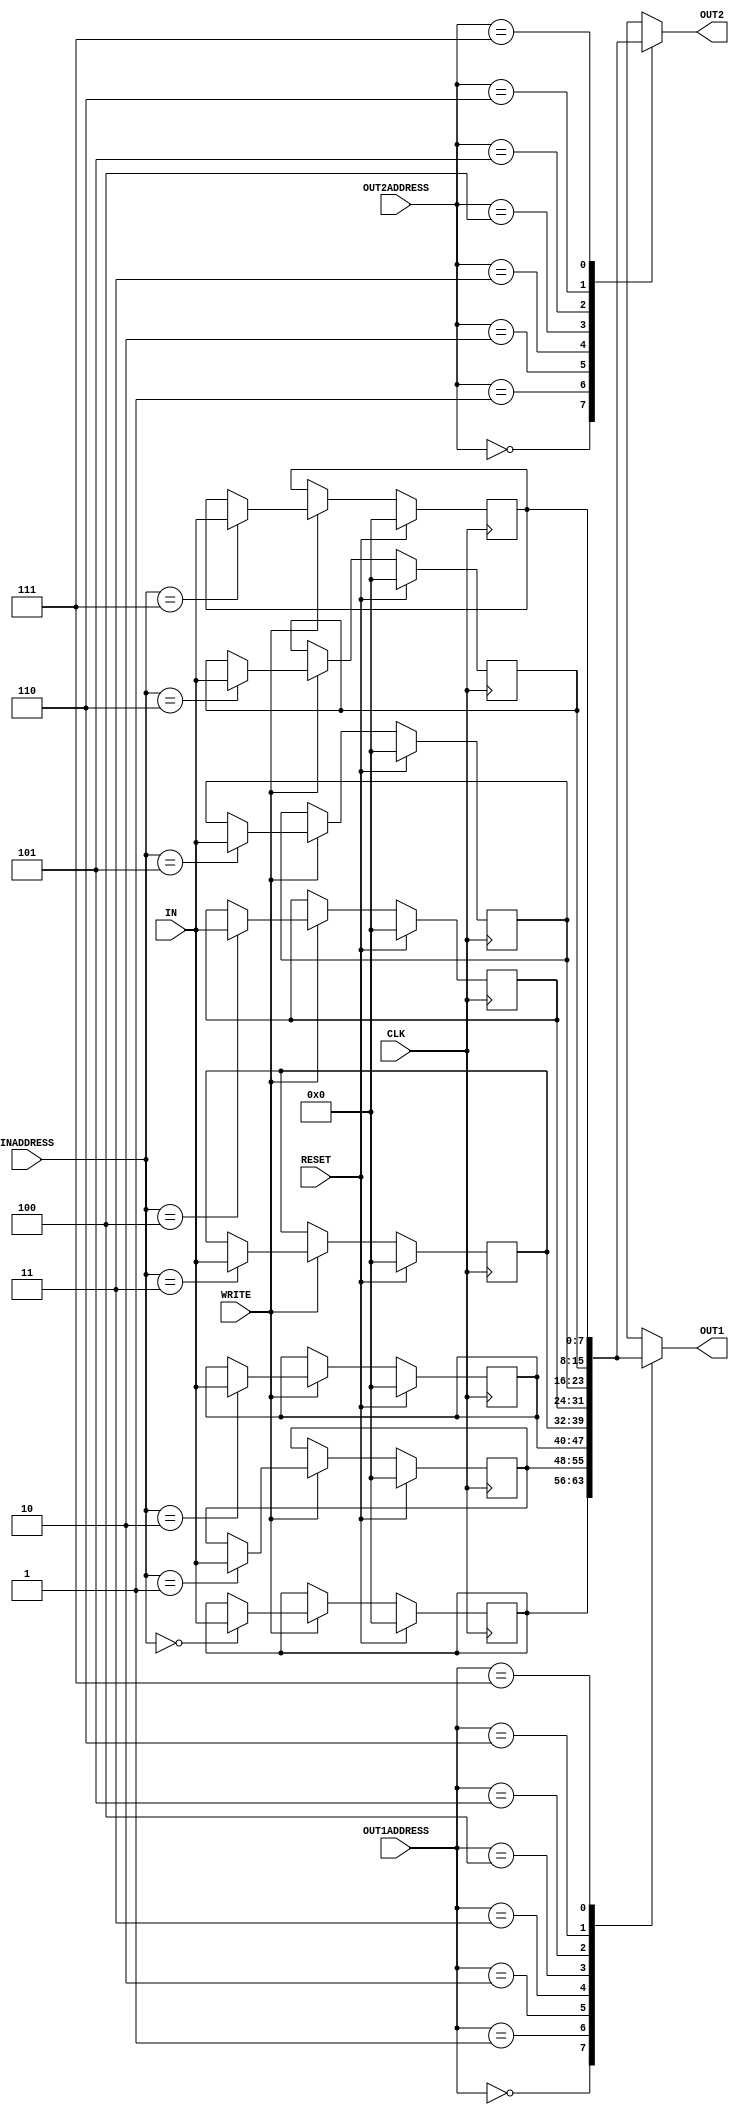
module reg_file(IN, OUT1, OUT2, INADDRESS, OUT1ADDRESS, OUT2ADDRESS, WRITE, CLK, RESET);
    input[7:0] IN; // Declaring an input wire-bus to take WRITEDATA signals
    input[2:0] OUT1ADDRESS,OUT2ADDRESS,INADDRESS; // Declaring an input wire-bus to take WRITEDATA signals
    input CLK,WRITE,RESET; // Declaring clock pulse wire, WRITE_ENABLE wire and RESET wire as input 
    output reg [7:0] OUT1,OUT2;  // Declaring REGOUT1 and REGOUT2 signals as register outputs
    reg[7:0] register[0:7]; // Declaring register0-register7 as an array of words 

    //For rising edges of clock pulse
    always @(posedge CLK) begin
        if(RESET==1)begin //When RESET = 1 clearing registers with a delay

            #1
             register[0]<=0;
             register[1]<=0;
             register[2]<=0;
             register[3]<=0;
             register[4]<=0;
             register[5]<=0;
             register[6]<=0;
             register[7]<=0;
        end
        else if(WRITE==1)begin // When WRITE_ENABLE = 1 writing to a specific register
            
            case(INADDRESS) //Choosing the register to be written by considering the INADDRESS signal
                3'b000:#1 register[0] <= IN;
                3'b001:#1 register[1] <= IN;
                3'b010:#1 register[2] <= IN;
                3'b011:#1 register[3] <= IN;
                3'b100:#1 register[4] <= IN;
                3'b101:#1 register[5] <= IN;
                3'b110:#1 register[6] <= IN;
                3'b111:#1 register[7] <= IN;
                default:;
            endcase
        end
        
    end

    //When changes occur in registers register0-register7 or OUT1ADDRESS, asynchrous reading operating takes place.
    always @(OUT2ADDRESS,OUT1ADDRESS,register[0],register[1],register[2],register[3],register[4],register[5],register[6],register[7]) begin
        case (OUT1ADDRESS) //Choosing the register to be read by considering the OUT1ADDRESS signal
            3'b000:#2 OUT1 = register[0];
            3'b001:#2 OUT1 = register[1];
            3'b010:#2 OUT1 = register[2];
            3'b011:#2 OUT1 = register[3];
            3'b100:#2 OUT1 = register[4];
            3'b101:#2 OUT1 = register[5];
            3'b110:#2 OUT1 = register[6];
            3'b111:#2 OUT1 = register[7]; 
            default:; 
        endcase
    end

    //When changes occur in registers register0-register7 or OUT2ADDRESS, asynchrous reading operating takes place.
    always @(OUT1ADDRESS,OUT2ADDRESS,register[0],register[1],register[2],register[3],register[4],register[5],register[6],register[7]) begin
        case (OUT2ADDRESS) //Choosing the register to be read by considering the OUT2ADDRESS signal
            3'b000:#2 OUT2 = register[0];
            3'b001:#2 OUT2 = register[1];
            3'b010:#2 OUT2 = register[2];
            3'b011:#2 OUT2 = register[3];
            3'b100:#2 OUT2 = register[4];
            3'b101:#2 OUT2 = register[5];
            3'b110:#2 OUT2 = register[6];
            3'b111:#2 OUT2 = register[7]; 
            default:; 
        endcase      
    end

endmodule